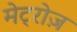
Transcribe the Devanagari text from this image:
मेट्रोज़